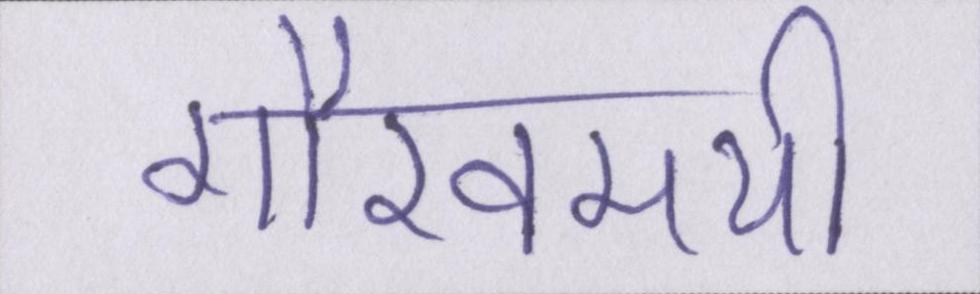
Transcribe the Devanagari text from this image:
गौरवमयी